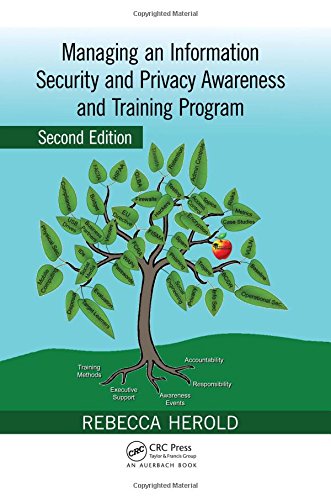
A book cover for Managing an Information Security and Privacy Awareness and Training Program, Second Edition; Rebecca Herold; Business & Money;